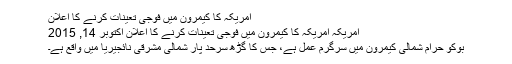
امریکہ کا کیمرون میں فوجی تعینات کرنے کا اعلان
امریکہ امریکہ کا کیمرون میں فوجی تعینات کرنے کا اعلان اکتوبر 14, 2015
بوکو حرام شمالی کیمرون میں سرگرمِ عمل ہے، جس کا گڑھ سرحد پار شمالی مشرقی نائجیریا میں واقع ہے۔